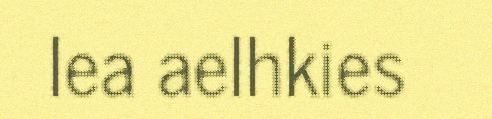
lea aelhkies